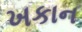
ખકાન